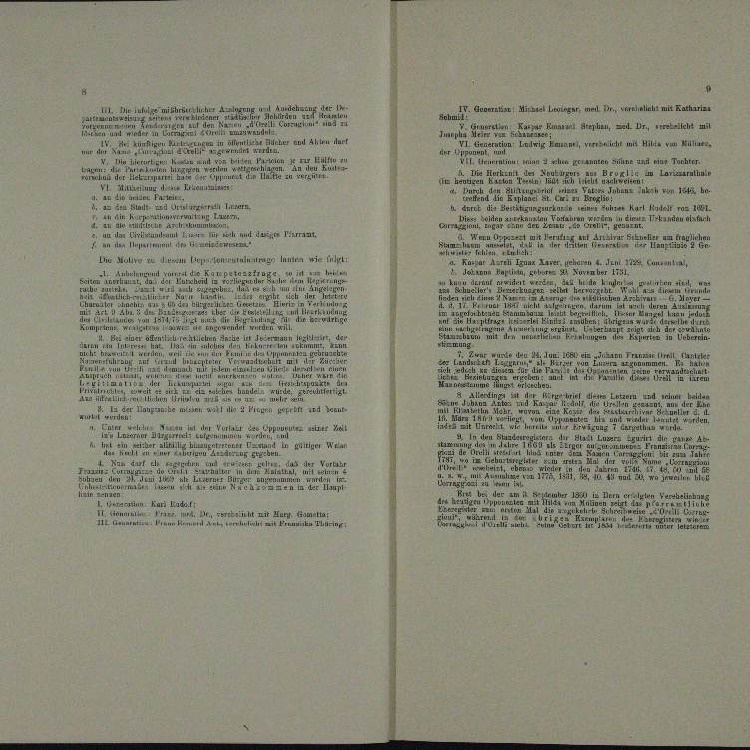
G Haar, mei Dr. mit Kathar
Sephan, Mad. Dr. verzeicht mit

milie
eter an Akten das
er                                     einen, versteht mit Hille von Mittenen.
u
ein der zu
tainen Ehen genen seine und eine Tochter
n
.

, Lorenerathe

in einen eine
1 Mitterung des Erneuen
H. Johann Zusch von 1813 be

u. an die ander Parten

A Im
Lehrer Karl Kadelt von hat.
J. den Stadt z
Ahret die Bestätigungsurkun
au ein
  anden als nach
s
n

n
u in der Erbenen und der eine eine neue mit deiner Meeren
n

taien
 in der
e
Die Motive zu diesen Departementrage inne wie folgt,
A. Kaspar Arn Ignaz Xaver sehnen 4. Jen 1722 Cuneanla
wid
über ist.
I. Peten Baptist, sehr a

n
u
.
a
n
u
e
.
.

n

.

u

u
a

u

n
u
u
n
¬
a

e

ahe mir all in 3 Hingen port und Beant
u
n

d

u
unter a
d
n
1

 Giger Wan

n
.
n
un und
2.

i
.
n
I.

u
u

u
u
I. Herrn Karl Lude.1)
i

.
un einen
a

III. Melche mitherzlicher A